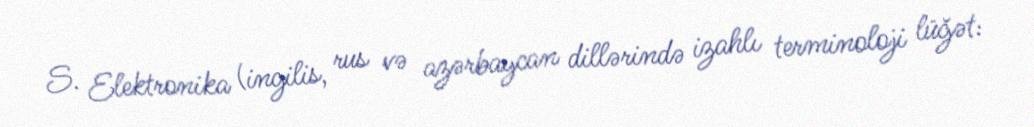
S. Elektronika (ingilis, rus və azərbaycan dillərində izahlı terminoloji lüğət: